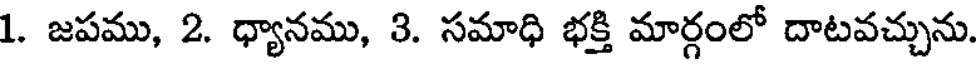
1. జపము, 2. ధ్యానము, 3. సమాధి భక్తి మార్గంలో దాటవచ్చును.